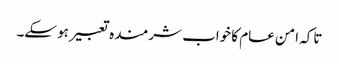
تاکہ امن عام کا خواب شرمندہ تعبیر ہو سکے۔